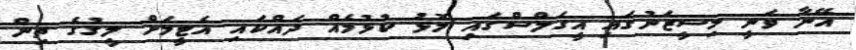
އޭނާ ވަނީ މިސީޒަނުގައި އީގަލްސްގައި މޮޅު ކުޅުމެއް ދައްކައި އެޓީމަށް ލީގުގެ ތިން